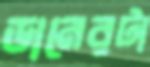
ডানেরটা